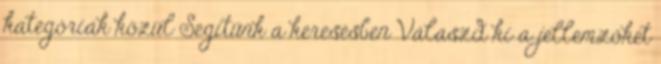
kategóriák közül Segítünk a keresésben Válaszd ki a jellemzőket